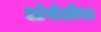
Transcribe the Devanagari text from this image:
आंघोळीचा